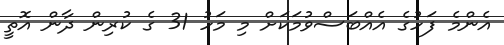
އެންމެ ފަހުގެ އެއްބަސްވުމަކަށް މި މަހު 31 ގެ ކުރިން ދާން އޮތީ